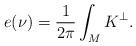
LaTeX: \begin{align*} e(\nu) =\frac{1}{2\pi} \int_{M} K^\perp.\end{align*}